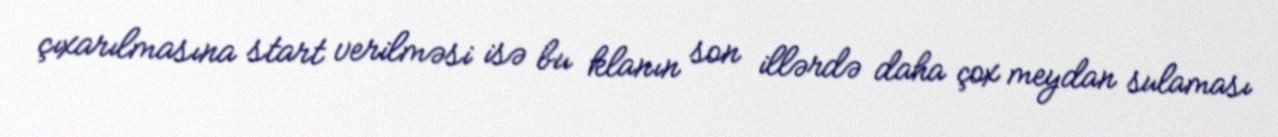
çıxarılmasına start verilməsi isə bu klanın son illərdə daha çox meydan sulaması